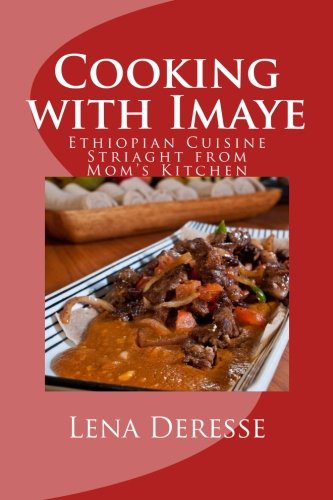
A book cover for Cooking with Imaye: Ethiopian Cuisine Straight from Mom's kitchen; Lena Deresse; Cookbooks, Food & Wine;